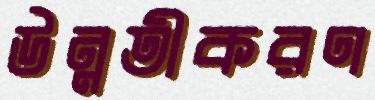
উন্নতীকরণ